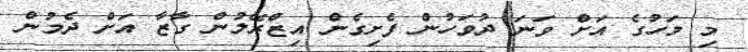
މި މަހުގެ އަށް ވަނަ ދުވަހުން ފެށިގެން އިޒްރޭލުން ގާޒާ އަށް ދެމުން